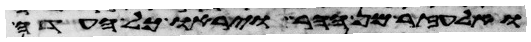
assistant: ואלעזר מן ההר ויראו כל העדה